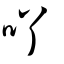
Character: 吖